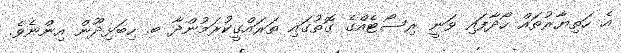
އެ ހަތިޔާރުތައް ހޯދާފައި ވަނީ ރިސޯޓެއްގެ ގޮތުގައި ތަރައްގީކުރަމުންދާ ބ. ހިބަޅިދޫން އިންނެވެ.